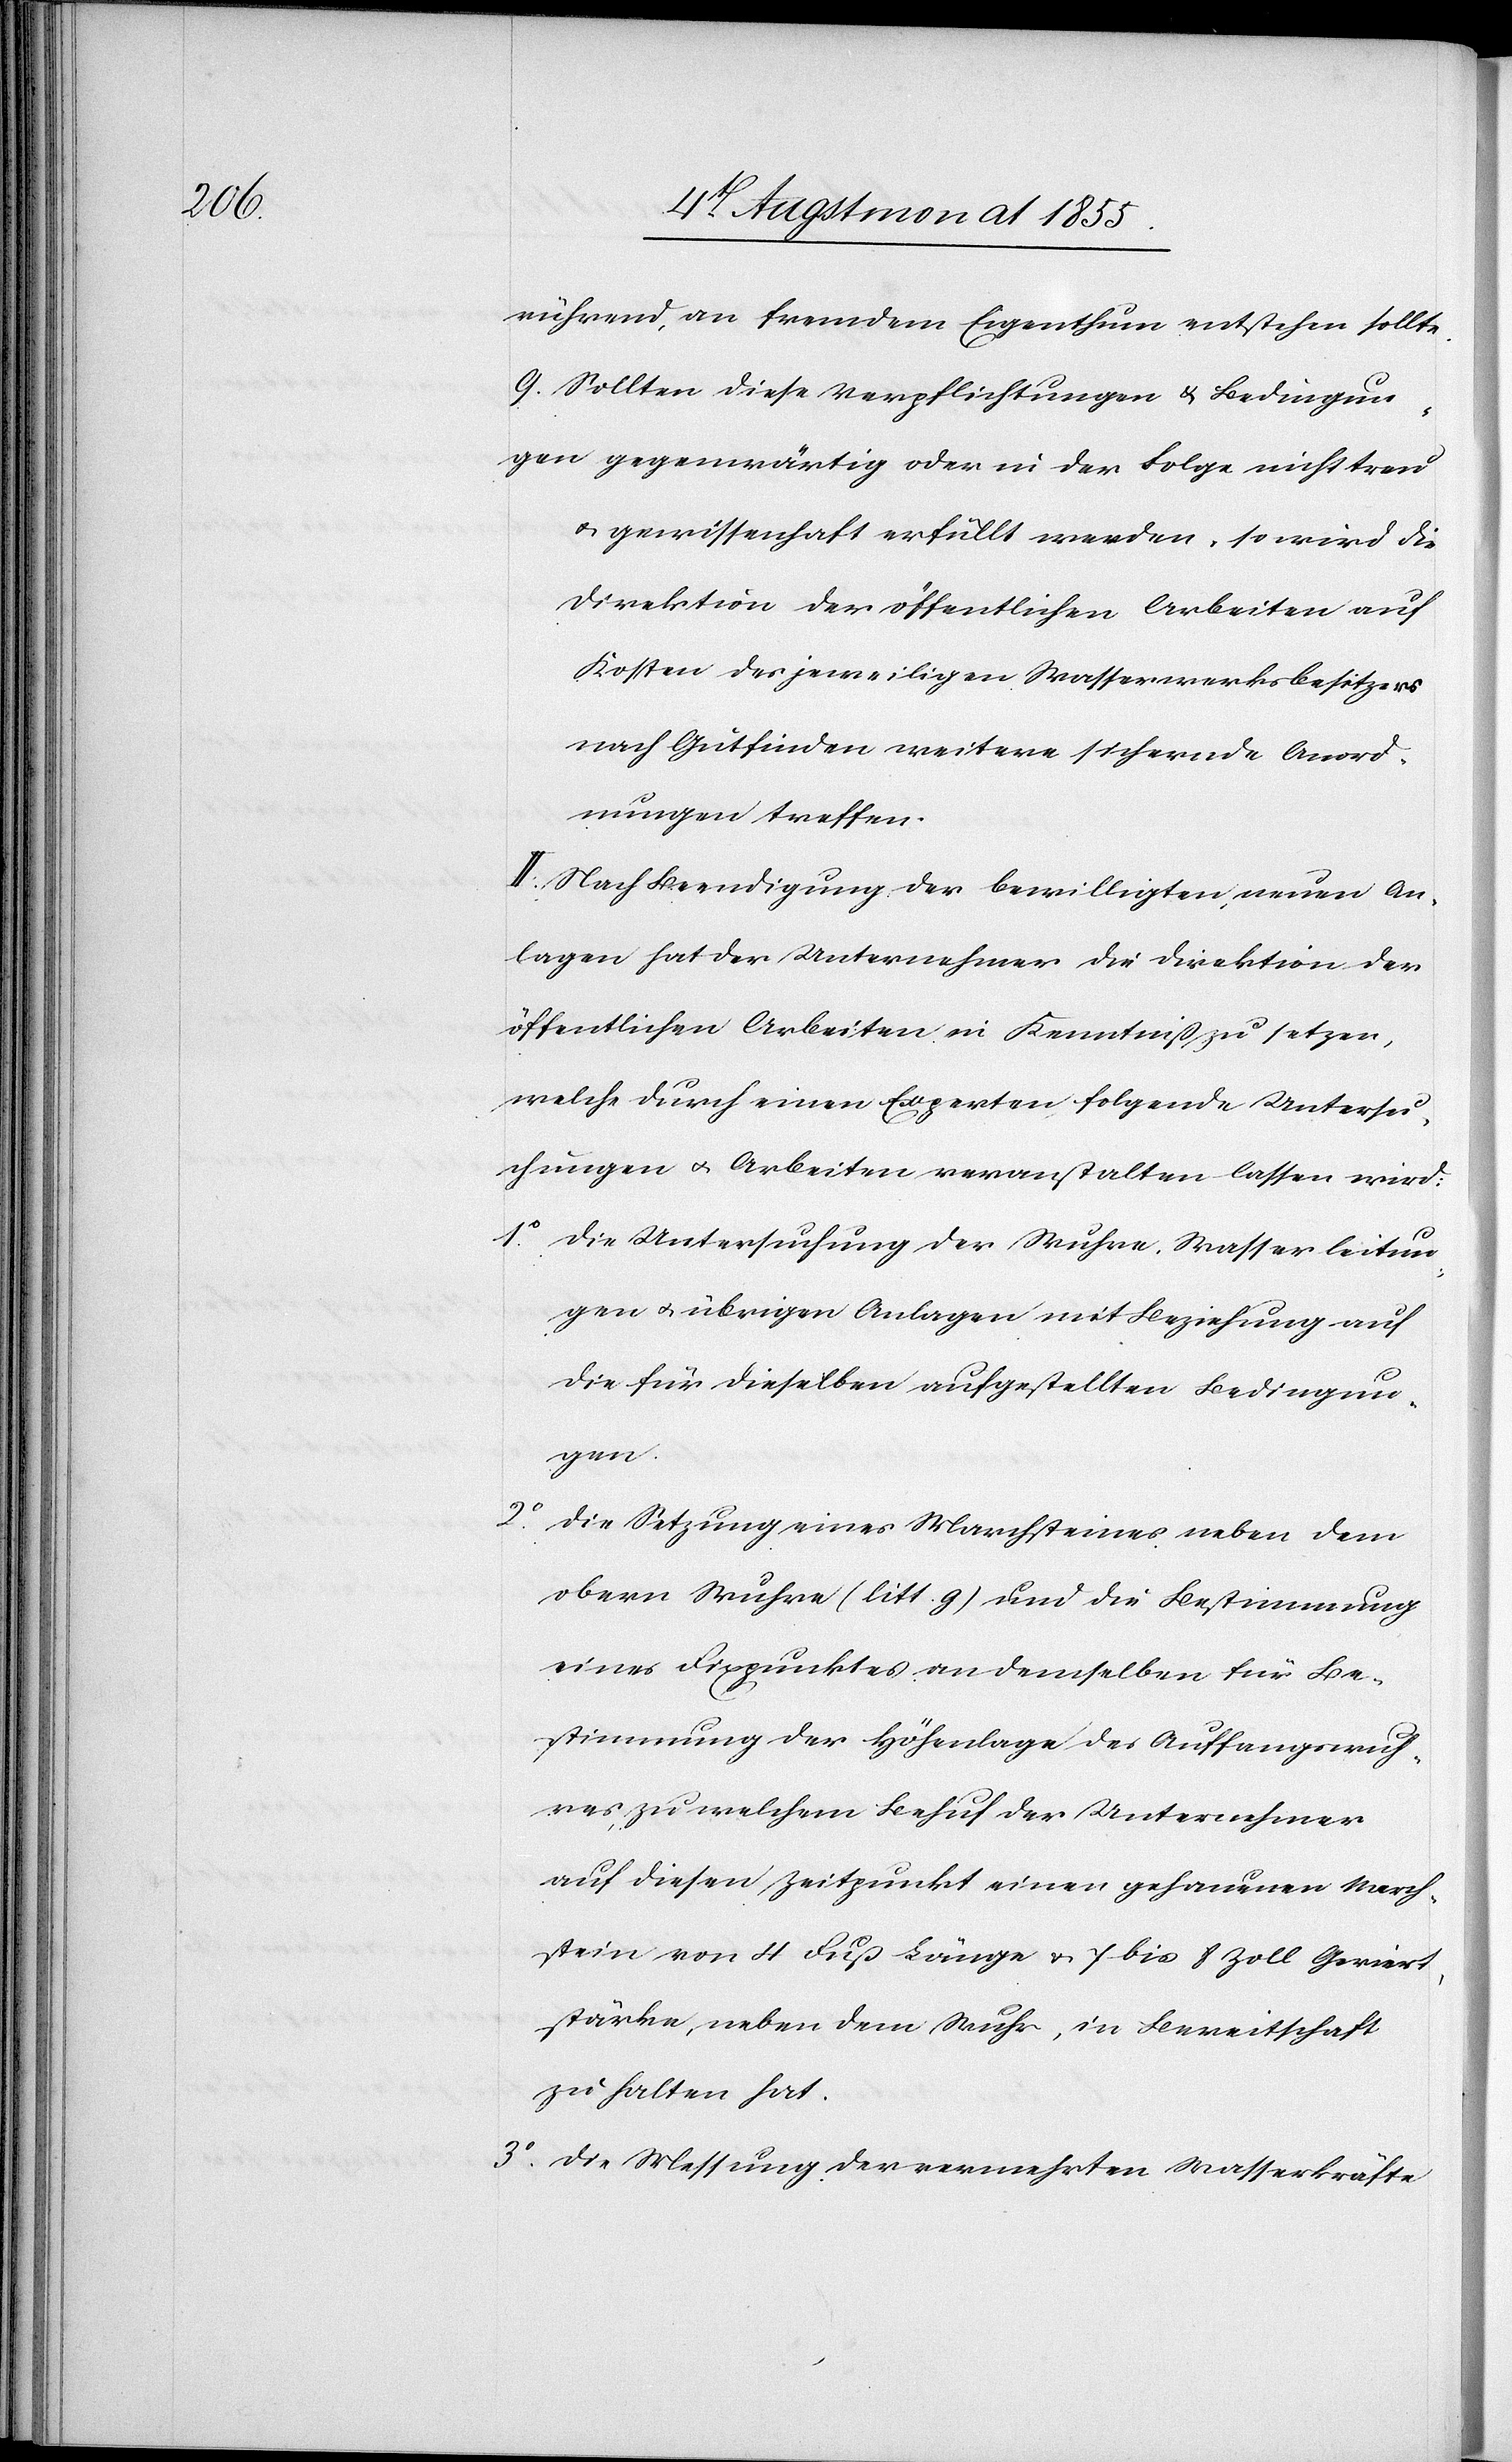
rührend, an fremdem Eigenthum entstehen sollte.
Sollten diese Verpflichtungen & Bedingun¬
gen gegenwärtig oder in der Folge nicht treu
& gewissenhaft erfüllt werden, so wird die
Direktion der öffentlichen Arbeiten auf
Kosten des jeweiligen Wasserwerksbesitzers
nach Gutfinden weitere sichernde Anord¬
nungen treffen.
II. Nach Beendigung der bewilligten, neuen An¬
lagen hat der Unternehmer die Direktion der
öffentlichen Arbeiten in Kenntniß zu setzen,
welche durch einen Experten folgende Untersu¬
chungen & Arbeiten veranstalten lassen wird:
Die Untersuchung der Wuhre, Wasserleitun¬
gen & übrigen Anlagen mit Beziehung auf
die für dieselben aufgestellten Bedingun¬
gen.
Die Setzung eines Marchsteines neben dem
obern Wuhre (litt. g) und die Bestimmung
eines Fixpunktes an demselben für Be¬
stimmung der Höhenlage des Auffangswuh¬
res, zu welchem Behuf der Unternehmer
auf diesen Zeitpunkt einen gehauenen March¬
stein von 4 Fuß Länge & 7 bis 8 Zoll Geviert¬
stärke, neben dem Wuhr, in Bereitschaft
zu halten hat.
Die Messung der vermehrten Wasserkräfte